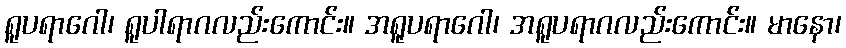
ရူပရာဂေါ၊ ရူပါရာဂလည်းကောင်း။ အရူပရာဂေါ၊ အရူပရာဂလည်းကောင်း။ မာနော၊